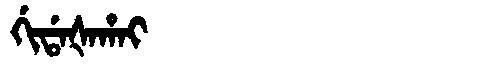
Manchu: ᡤᡳᡩᠠᡧᠠᡥᠠᡳ
Romanization: GIDAŠAHAI